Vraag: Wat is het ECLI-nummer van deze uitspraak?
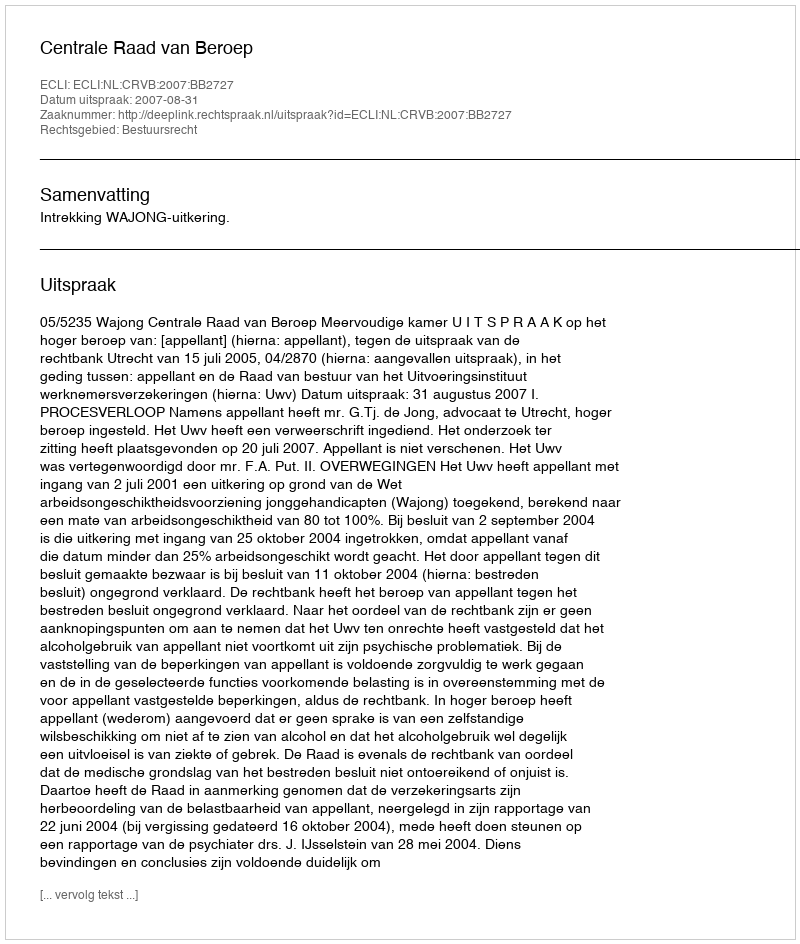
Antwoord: ECLI:NL:CRVB:2007:BB2727